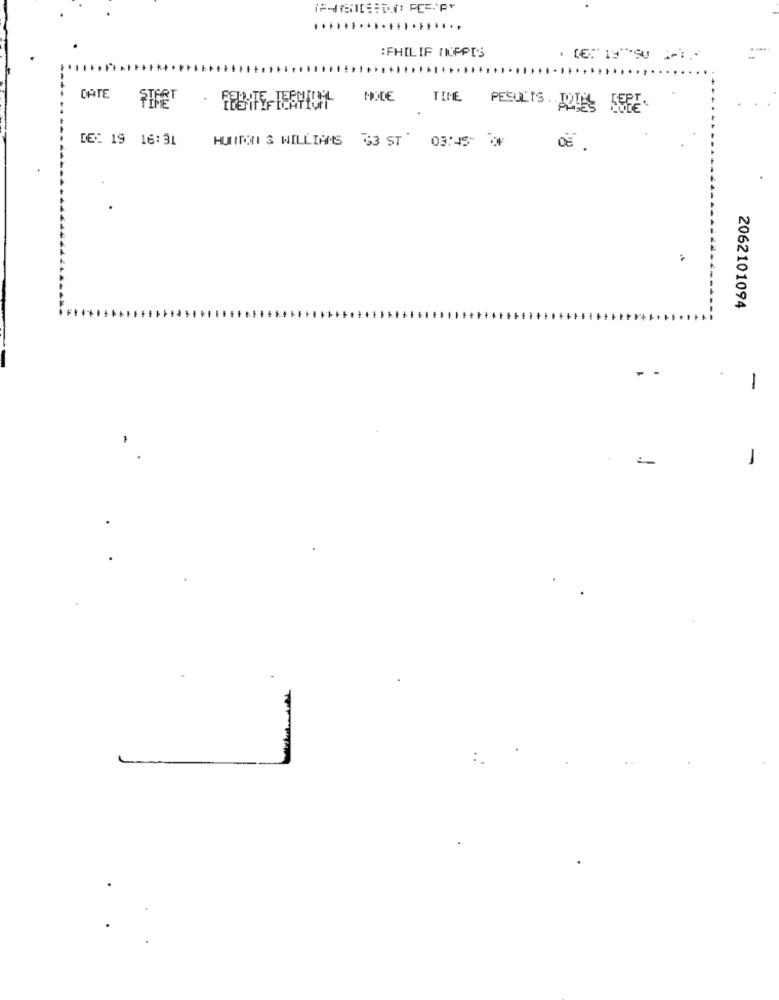
:FHILIF INPPIS
CATE
NOCE
TIME PESULIS . JOLES EEEE.
DEC 19 16:31
HUNTON & WILLIAMS 63 ST " 03:45 OF
2062101094
1
-
-